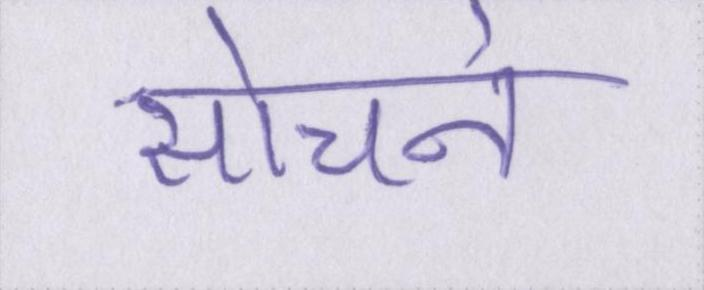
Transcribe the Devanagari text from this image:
सोचने